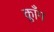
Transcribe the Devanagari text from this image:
क्लाँग